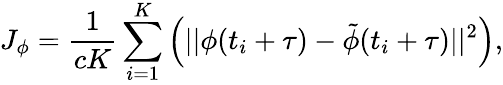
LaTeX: J_{\phi}=\frac{1}{cK}\sum_{i=1}^{K}\left(||\phi(t_{i}+\tau)-\tilde{\phi}(t_{i}+\tau)||^{2}\right),